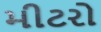
મીટરો